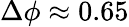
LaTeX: \Delta\phi\approx 0.65